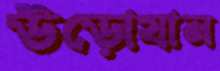
উড়োযান